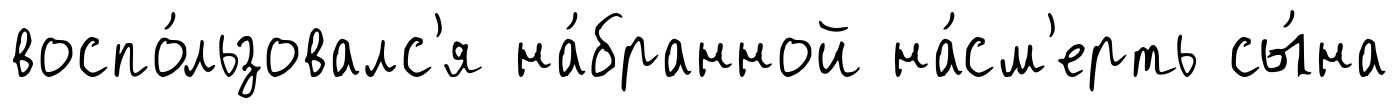
воспо́льзовалс'я на́бранной на́см'ерть сы́на